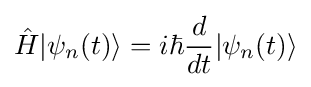
{\hat {H}}|\psi _{n}(t)\rangle =i\hbar {\frac {d}{dt}}|\psi _{n}(t)\rangle